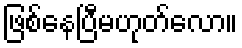
ဖြစ်နေပြီမဟုတ်လော။